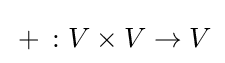
\,+\,:V\times V\to V